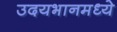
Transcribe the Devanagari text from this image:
उदयभानमध्ये